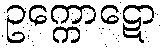
ဥက္ကောဋော